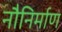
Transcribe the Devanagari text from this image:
नौनिर्माण